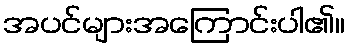
အပင်များအကြောင်းပါ၏။